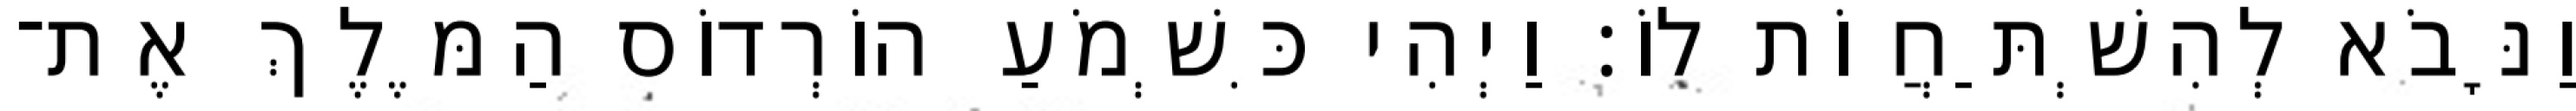
וַנָּבֹא לְהִשְׁתַּחֲוֹת לוֹ׃ וַיְהִי כִּשְׁמֹעַ הוֹרְדוֹס הַמֶּלֶךְ אֶת־